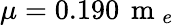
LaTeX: \mu=0.190\, \mathrm{~m~}_{e}